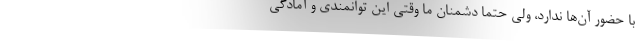
با حضور آن‌ها ندارد، ولی حتماً دشمنان ما وقتی این توانمندی و آمادگی